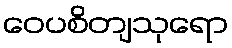
ဝေပစိတျသုရော